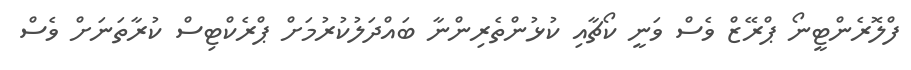
ފްލޮރެންޓީނޯ ޕްރޭޒް ވެސް ވަނީ ކޯޗާއި ކުޅުންތެރިންނާ ބައްދަލުކުރުމަށް ޕްރެކްޓިސް ކުރާތަނަށް ވެސް